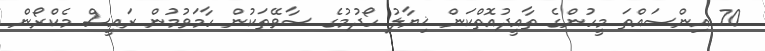
70 އިންސައްތަ މީހުންގެ ތާއީދުއޮތްކަން ޚިޔާލު ހޯދުމުގެ ސާވޭތަކުން ހާމަވުމުން ރައީސް މެކްރޯން